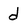
Character: d